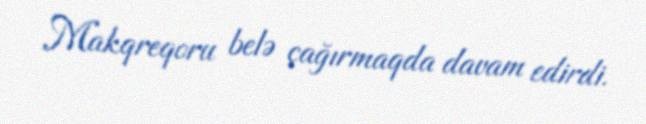
Makqreqoru belə çağırmaqda davam edirdi.